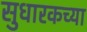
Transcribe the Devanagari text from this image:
सुधारकच्या